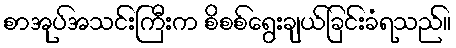
စာအုပ်အသင်းကြီးက စိစစ်ရွေးချယ်ခြင်းခံရသည်။